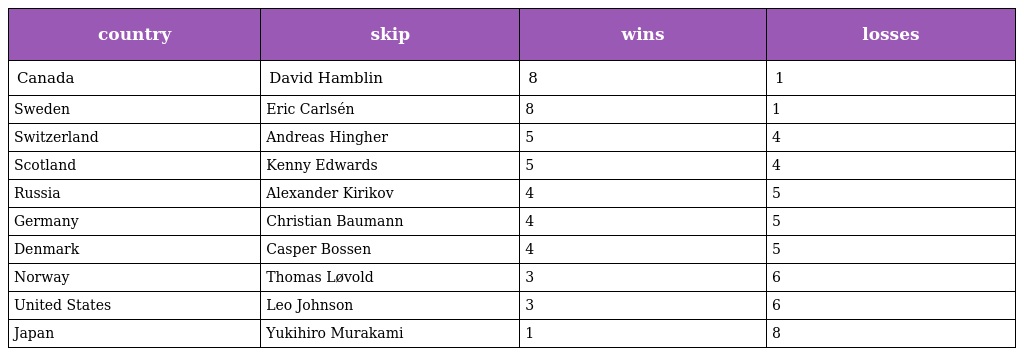
| country | skip | wins | losses |
 | --- | --- | --- | --- |
 | Canada | David Hamblin | 8 | 1 |
 | Sweden | Eric Carlsén | 8 | 1 |
 | Switzerland | Andreas Hingher | 5 | 4 |
 | Scotland | Kenny Edwards | 5 | 4 |
 | Russia | Alexander Kirikov | 4 | 5 |
 | Germany | Christian Baumann | 4 | 5 |
 | Denmark | Casper Bossen | 4 | 5 |
 | Norway | Thomas Løvold | 3 | 6 |
 | United States | Leo Johnson | 3 | 6 |
 | Japan | Yukihiro Murakami | 1 | 8 |